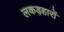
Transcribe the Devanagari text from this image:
लकड़हारों